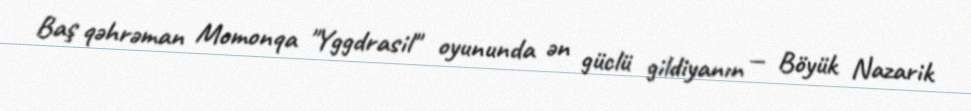
Baş qəhrəman Momonqa "Yggdrasil" oyununda ən güclü gildiyanın — Böyük Nazarik